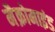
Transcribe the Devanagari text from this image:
मैक्रोमाइंड